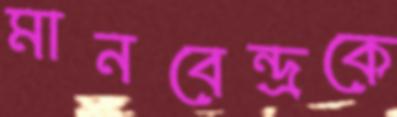
মানবেন্দ্রকে